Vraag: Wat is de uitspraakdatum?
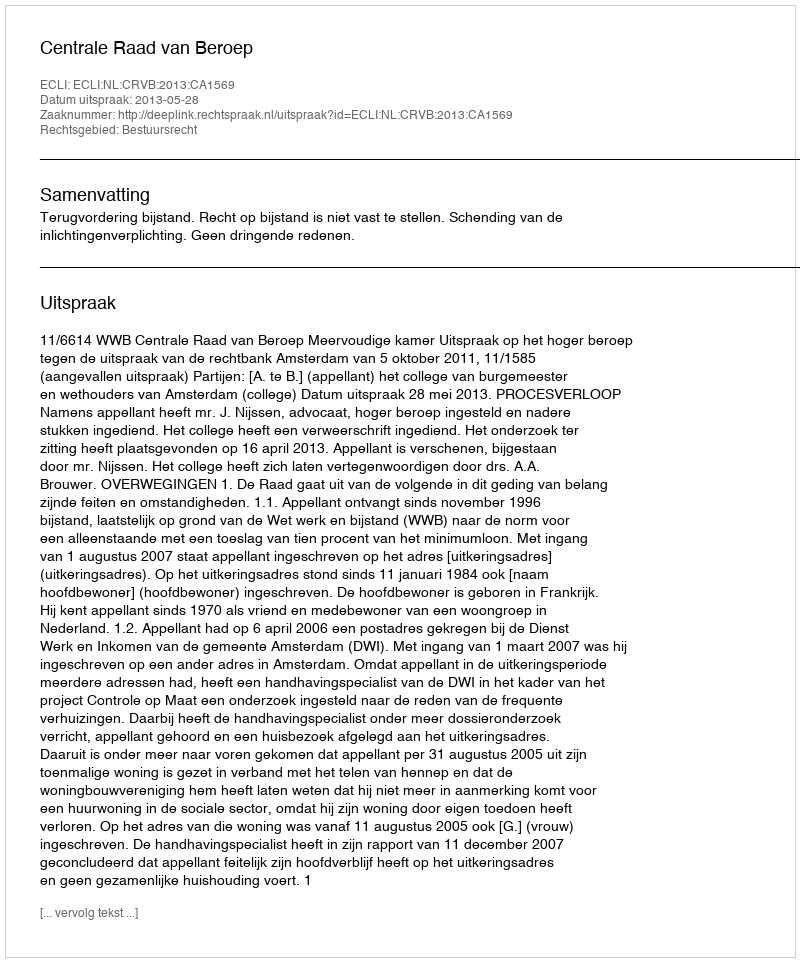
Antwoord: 2013-05-28